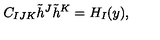
C _ { I J K } \tilde { h } ^ { J } \tilde { h } ^ { K } = H _ { I } ( y ) ,